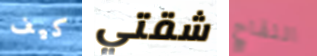
كيف شقتي اللقاح